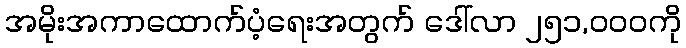
အမိုးအကာထောက်ပံ့ရေးအတွက် ဒေါ်လာ ၂၅၁,၀၀၀ကို